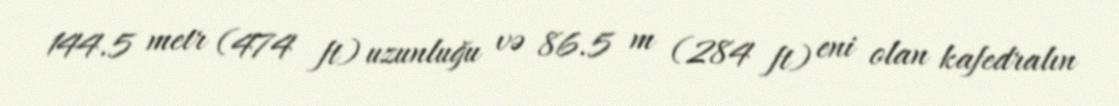
144.5 metr (474 ft) uzunluğu və 86.5 m (284 ft) eni olan kafedralın